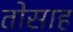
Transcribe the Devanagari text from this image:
तोसाह